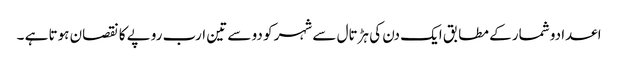
اعدادو شمار کے مطابق ایک دن کی ہڑتال سے شہر کو دو سے تین ارب روپے کا نقصان ہوتا ہے ۔